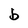
Character: b